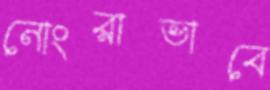
নোংরাভাবে